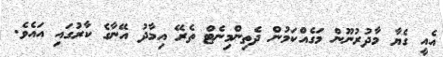
އެއީ ގެޔާ މާދުރުނޫން މަގެއްކަމުން ދެތިންމިނެޓް ތެރޭ އިމާދު އޭނާގެ ކާރުގައި އައެވެ.